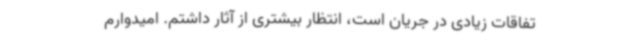
تفاقات زیادی در جریان است، انتظار بیشتری از آثار داشتم. امیدوارم